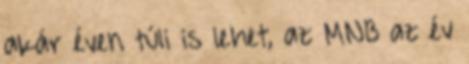
akár éven túli is lehet, az MNB az év